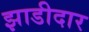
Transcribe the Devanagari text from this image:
झाडीदार